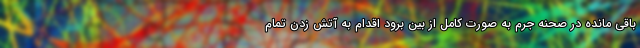
باقی مانده در صحنه جرم به صورت کامل از بین برود اقدام به آتش زدن تمام